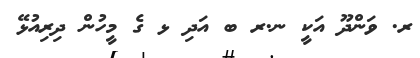
ރ. ވަންދޫ އަކީ ނ.ރ ބ އަދި ޅ ގެ މީހުން ދިރިއުޅޭ